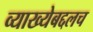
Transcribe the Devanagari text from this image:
व्याख्येबद्दलच